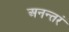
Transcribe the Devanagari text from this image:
अनन्तरं